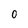
Character: O